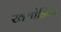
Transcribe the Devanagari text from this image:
खतोड़िया